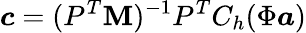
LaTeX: \boldsymbol{c}=(P^{T}\mathbf{M})^{-1}P^{T}C_{h}(\Phi\boldsymbol{a})